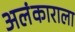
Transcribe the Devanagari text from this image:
अलंकाराला